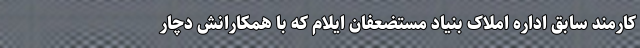
کارمند سابق اداره املاک بنیاد مستضعفان ایلام که با همکارانش دچار